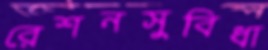
রেশনসুবিধা